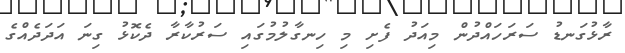
ރާޅުގަނޑު ސަރަހައްދުން މިއަދު ފެށި މި ހިނގާލުމުގައި ސަރުކާރާ ދެކޮޅު ގިނަ އަދަދެއްގެ